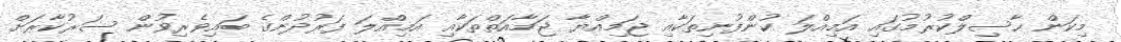
މިކަން ހާސިލްކުރުމުގައި އަމިއްލަ ކުންފުނިތަކާއި ޖަމިއްޔާ ޖަމާއަތްތަކާއި އަމިއްލަ ފަރުދުންގެ ބައިވެރިވުން ސަރުކާރަށް